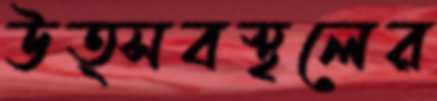
উত্সবস্থলের